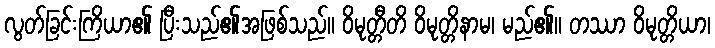
လွတ်ခြင်းကြိယာ၏ ပြီးသည်၏အဖြစ်သည်။ ဝိမုတ္တီတိ ဝိမုတ္တိနာမ၊ မည်၏။ တဿာ ဝိမုတ္တိယာ၊